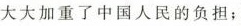
大大加重了中国人民的负担；